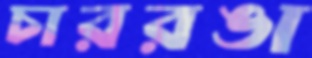
চাররঙা